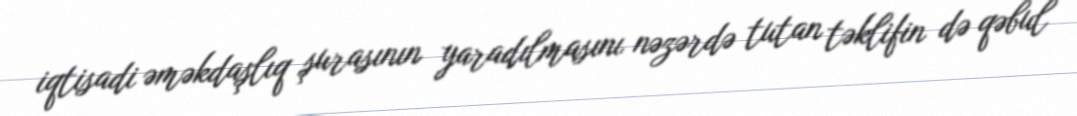
iqtisadi əməkdaşlıq şurasının yaradılmasını nəzərdə tutan təklifin də qəbul